Vaccination in Bombay 1874-1876 - 1874-1876
Year: 1874
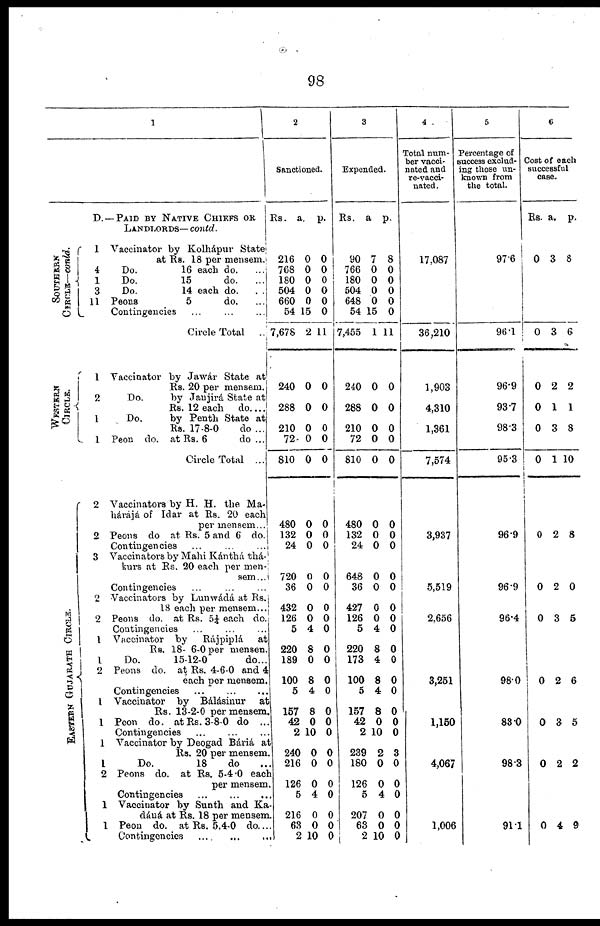
98
1
D. —PAID BY NATIVE CHIEFS OR
LANDLORDS— contd.
SOUTHERN
CIRCLE—conld.
WESTERN
CIRCLE.
EASTERN GUJARATH CIRCLE.
1 Vaccinator by Kolhápur State
at Rs. 18 per mensem.
4
Do.
16 each do. ...
1
Do.
15
do. ...
3
Do.
14 each do. ...
11 Peons
5
do. ...
Contingencies ... ... ...
Circle Total
..
1 Vaccinator by Jawár State at
Rs. 20 per mensem.
2
Do.
by Janjirá State at
Rs. 12 each do. ...
1
Do.
by Penth State at
Rs. 17-8-0
do ...
1 Peon do. at Rs. 6
do ...
Circle Total ...
2 Vaccinators by H. H. the Ma¬
hárájá of Idar at Rs. 20 each
per mensem...
2 Peons do at Rs. 5 and 6 do.
Contingencies ... ... ...
3 Vaccinators by Mahi Kánthá thá¬
kurs at Rs. 20 each per men-
sem...
Contingencies ... ... ...
2 Vaccinators by Lunwádá at Rs.
18 each per mensem...
2 Peons do. at Rs. 5¼ each do.
Contingencies ... ... ...
1 Vaccinator by
Rájpiplá
at
Rs. 18- 6-0 per mensen.
1
Do.
15-12-0
do...
2 Peons do. at Rs. 4-6-0 and 4
each per mensem.
Contingencies ... ... ...
1 Vaccinator by Bálásinur
at
Rs. 13-2-0 per mensem.
1 Peon do. at Rs. 3-8-0 do ...
1
Contingencies ... ... ...
1 Vaccinator by Deogad Báriá at
Rs. 20 per mensem.
1
Do.
18
do ...
2 Peons do. at Rs. 5-4-0 each
per mensem.
Contingencies
...
...
...
1 Vaccinator by Sunth and Ka¬
dáná at Rs. 18 per mensem.
1 Peon do. at Rs. 5-4-0 do. ...
Contingencies
...
...
...
2
Sanctioned.
Rs.
216
768
180
504
660
54
7,678
240
288
210
72
810
480
132
24
720
36
432
126
5
220
189
100
5
157
42
2
240
216
126
5
216
63
2
a.
0
0
0
0
0
15
2
0
0
0
0
0
0
0
0
0
0
0
0
4
8
0
8
4
8
0
10
0
0
0
4
0
0
10
p.
0
0
0
0
0
0
11
0
0
0
0
0
0
0
0
0
0
0
0
0
0
0
0
0
0
0
0
0
0
0
0
0
0
0
3
Expended.
Rs.
90
766
180
504
648
54
7,455
240
288
210
72
810
480
132
24
648
36
427
126
5
220
173
100
5
157
42
2
239
180
126
5
207
63
2
a.
7
0
0
0
0
15
1
0
0
0
0
0
0
0
0
0
0
0
0
4
8
4
8
4
8
0
10
2
0
0
4
0
0
10
p.
8
0
0
0
0
0
11
0
0
0
0
0
0
0
0
0
0
0
0
0
0
0
0
0
0
0
0
3
0
0
0
0
0
0
4
Total num-
ber vacci-
nated and
re-vacci-
nated.
17,087
36,210
1,903
4,310
1,361
7,574
3,937
5,519
2,656
3,251
1,150
4,067
1,006
5
Percentage of
success exclud-
ing those un-
known from
the total.
97.6
96.1
96.9
93.7
98.3
95.3
96.9
96.9
96.4
98.0
83.0
98.3
91.1
6
Cost of each
successful
case.
Rs.
0
a.
3
p.
8
0
0
0
0
3
2
1
3
6
2
1
8
0 1 10
0 2 8
0 2 0
0 3 5
0 2 6
0 3 5
0 2 2
0 4 9